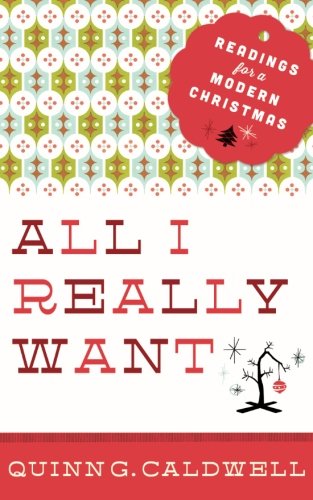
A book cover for All I Really Want: Readings for a Modern Christmas; Quinn G. Caldwell; Christian Books & Bibles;